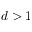
d > 1